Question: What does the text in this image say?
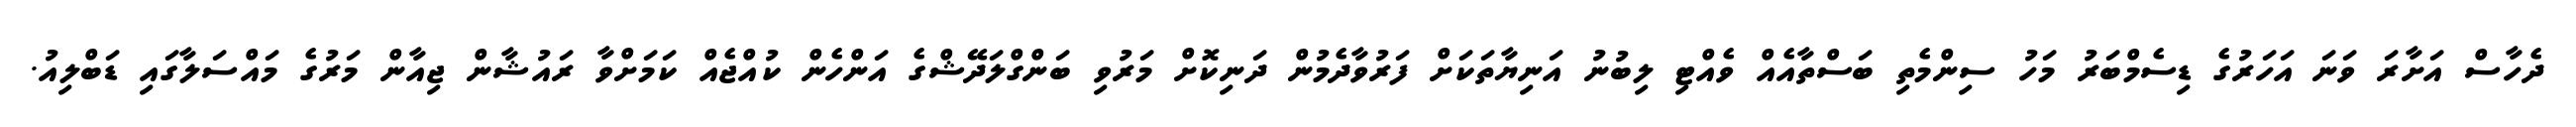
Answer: ދެހާސް އަށާރަ ވަނަ އަހަރުގެ ޑިސެމްބަރު މަހު ސިންމެތި ބަސްތާއެއް ވެއްޓި ލިބުނު އަނިޔާތަކަށް ފަރުވާދެމުން ދަނިކޮށް މަރުވި ބަންގްލަދޭޝްގެ އަންހެން ކުއްޖެއް ކަމަށްވާ ރައުޝާން ޖިއާން މަރުގެ މައްސަލާގައި ޑަބްލިއު.